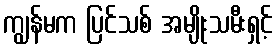
ကျွန်မက ပြင်သစ် အမျိုးသမီးရှင့်